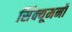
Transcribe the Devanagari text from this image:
सिंक्यूमनी